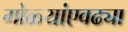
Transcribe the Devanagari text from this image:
गोळ्यांएवढ्या